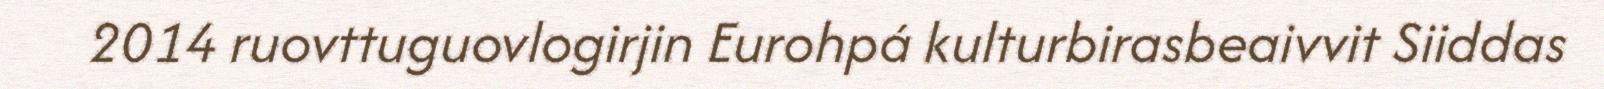
2014 ruovttuguovlogirjin Eurohpá kulturbirasbeaivvit Siiddas